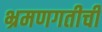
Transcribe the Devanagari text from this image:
भ्रमणगतीची